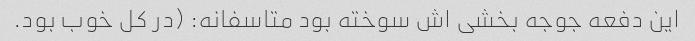
این دفعه جوجه بخشی اش سوخته بود متاسفانه: (در کل خوب بود.